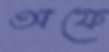
অফে